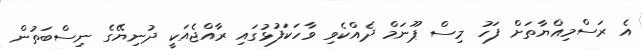
އެ ރަސްމިއްޔާތަށް ފަހު މިސް ޕޫނަމް ދެއްކެވި ވާހަކަފުޅުގައި ރާއްޖެއަކީ ދުނިޔޭގެ ނިސްބަތުން